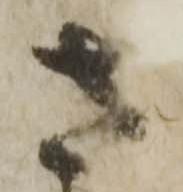
さ